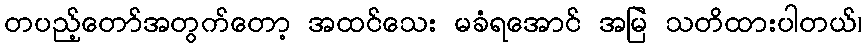
တပည့်တော်အတွက်တော့ အထင်သေး မခံရအောင် အမြဲ သတိထားပါတယ်၊